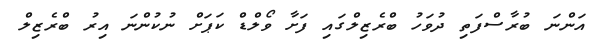
އަންނަ ބުރާސްފަތި ދުވަހު ބްރެޒިލްގައި ފަށާ ވޯލްޑް ކަޕަށް ނުކުންނަ އިރު ބްރެޒިލް